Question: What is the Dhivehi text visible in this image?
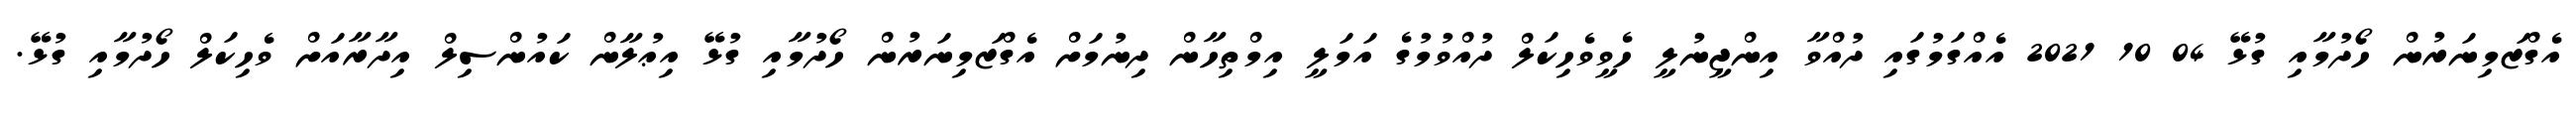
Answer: އެގްޒަމިނަރުން ހޯދުމާއި ގުޅޭ 04 10 2021 އެއްގަމުގައި ދުއްވާ އިންޖީނުލީ ހެވީވެހިކަލް ދުއްވުމުގެ އަމަލީ އިމްތިހާން ދިނުމަށް އެގްޒަމިނަރުން ހޯދުމާއި ގުޅޭ އިޢުލާން ކައުންސިލް އިދާރާއަށް ވެހިކަލް ހޯދުމާއި ގުޅޭ.